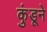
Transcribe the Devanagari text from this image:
कुंडूने